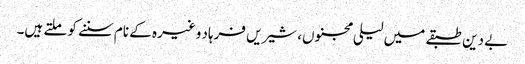
بے دین طبقے میں لیلی مجنوں، شیریں فرہاد وغیرہ کے نام سننے کو ملتے ہیں۔